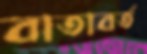
বাতাবর্ত